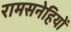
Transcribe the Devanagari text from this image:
रामसनेहियों